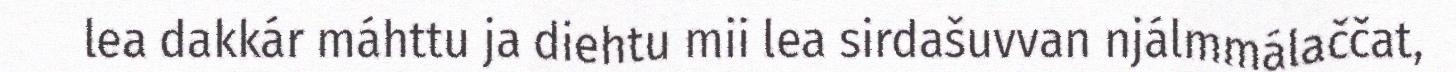
lea dakkár máhttu ja diehtu mii lea sirdašuvvan njálmmálaččat,